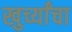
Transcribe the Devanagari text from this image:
खुर्च्यांचा